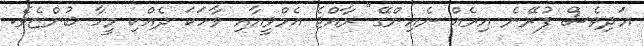
އަދިވެސް ފުރޭނެ އިރެއް ނެއިންގޭ" ރާއްޖެ އެމްވީއާއި ވާހަކަ ދެއްކި މީހާ ބުންޏެވެ.